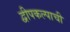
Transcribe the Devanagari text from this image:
द्वीपकल्पाची